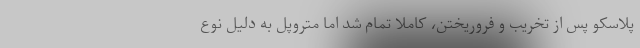
پلاسکو پس از تخریب و فروریختن، کاملاً تمام شد اما متروپل به دلیل نوع